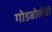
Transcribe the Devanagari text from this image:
गोडबोलेंची